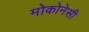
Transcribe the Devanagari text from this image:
मोकोनेसी